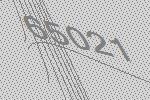
65021